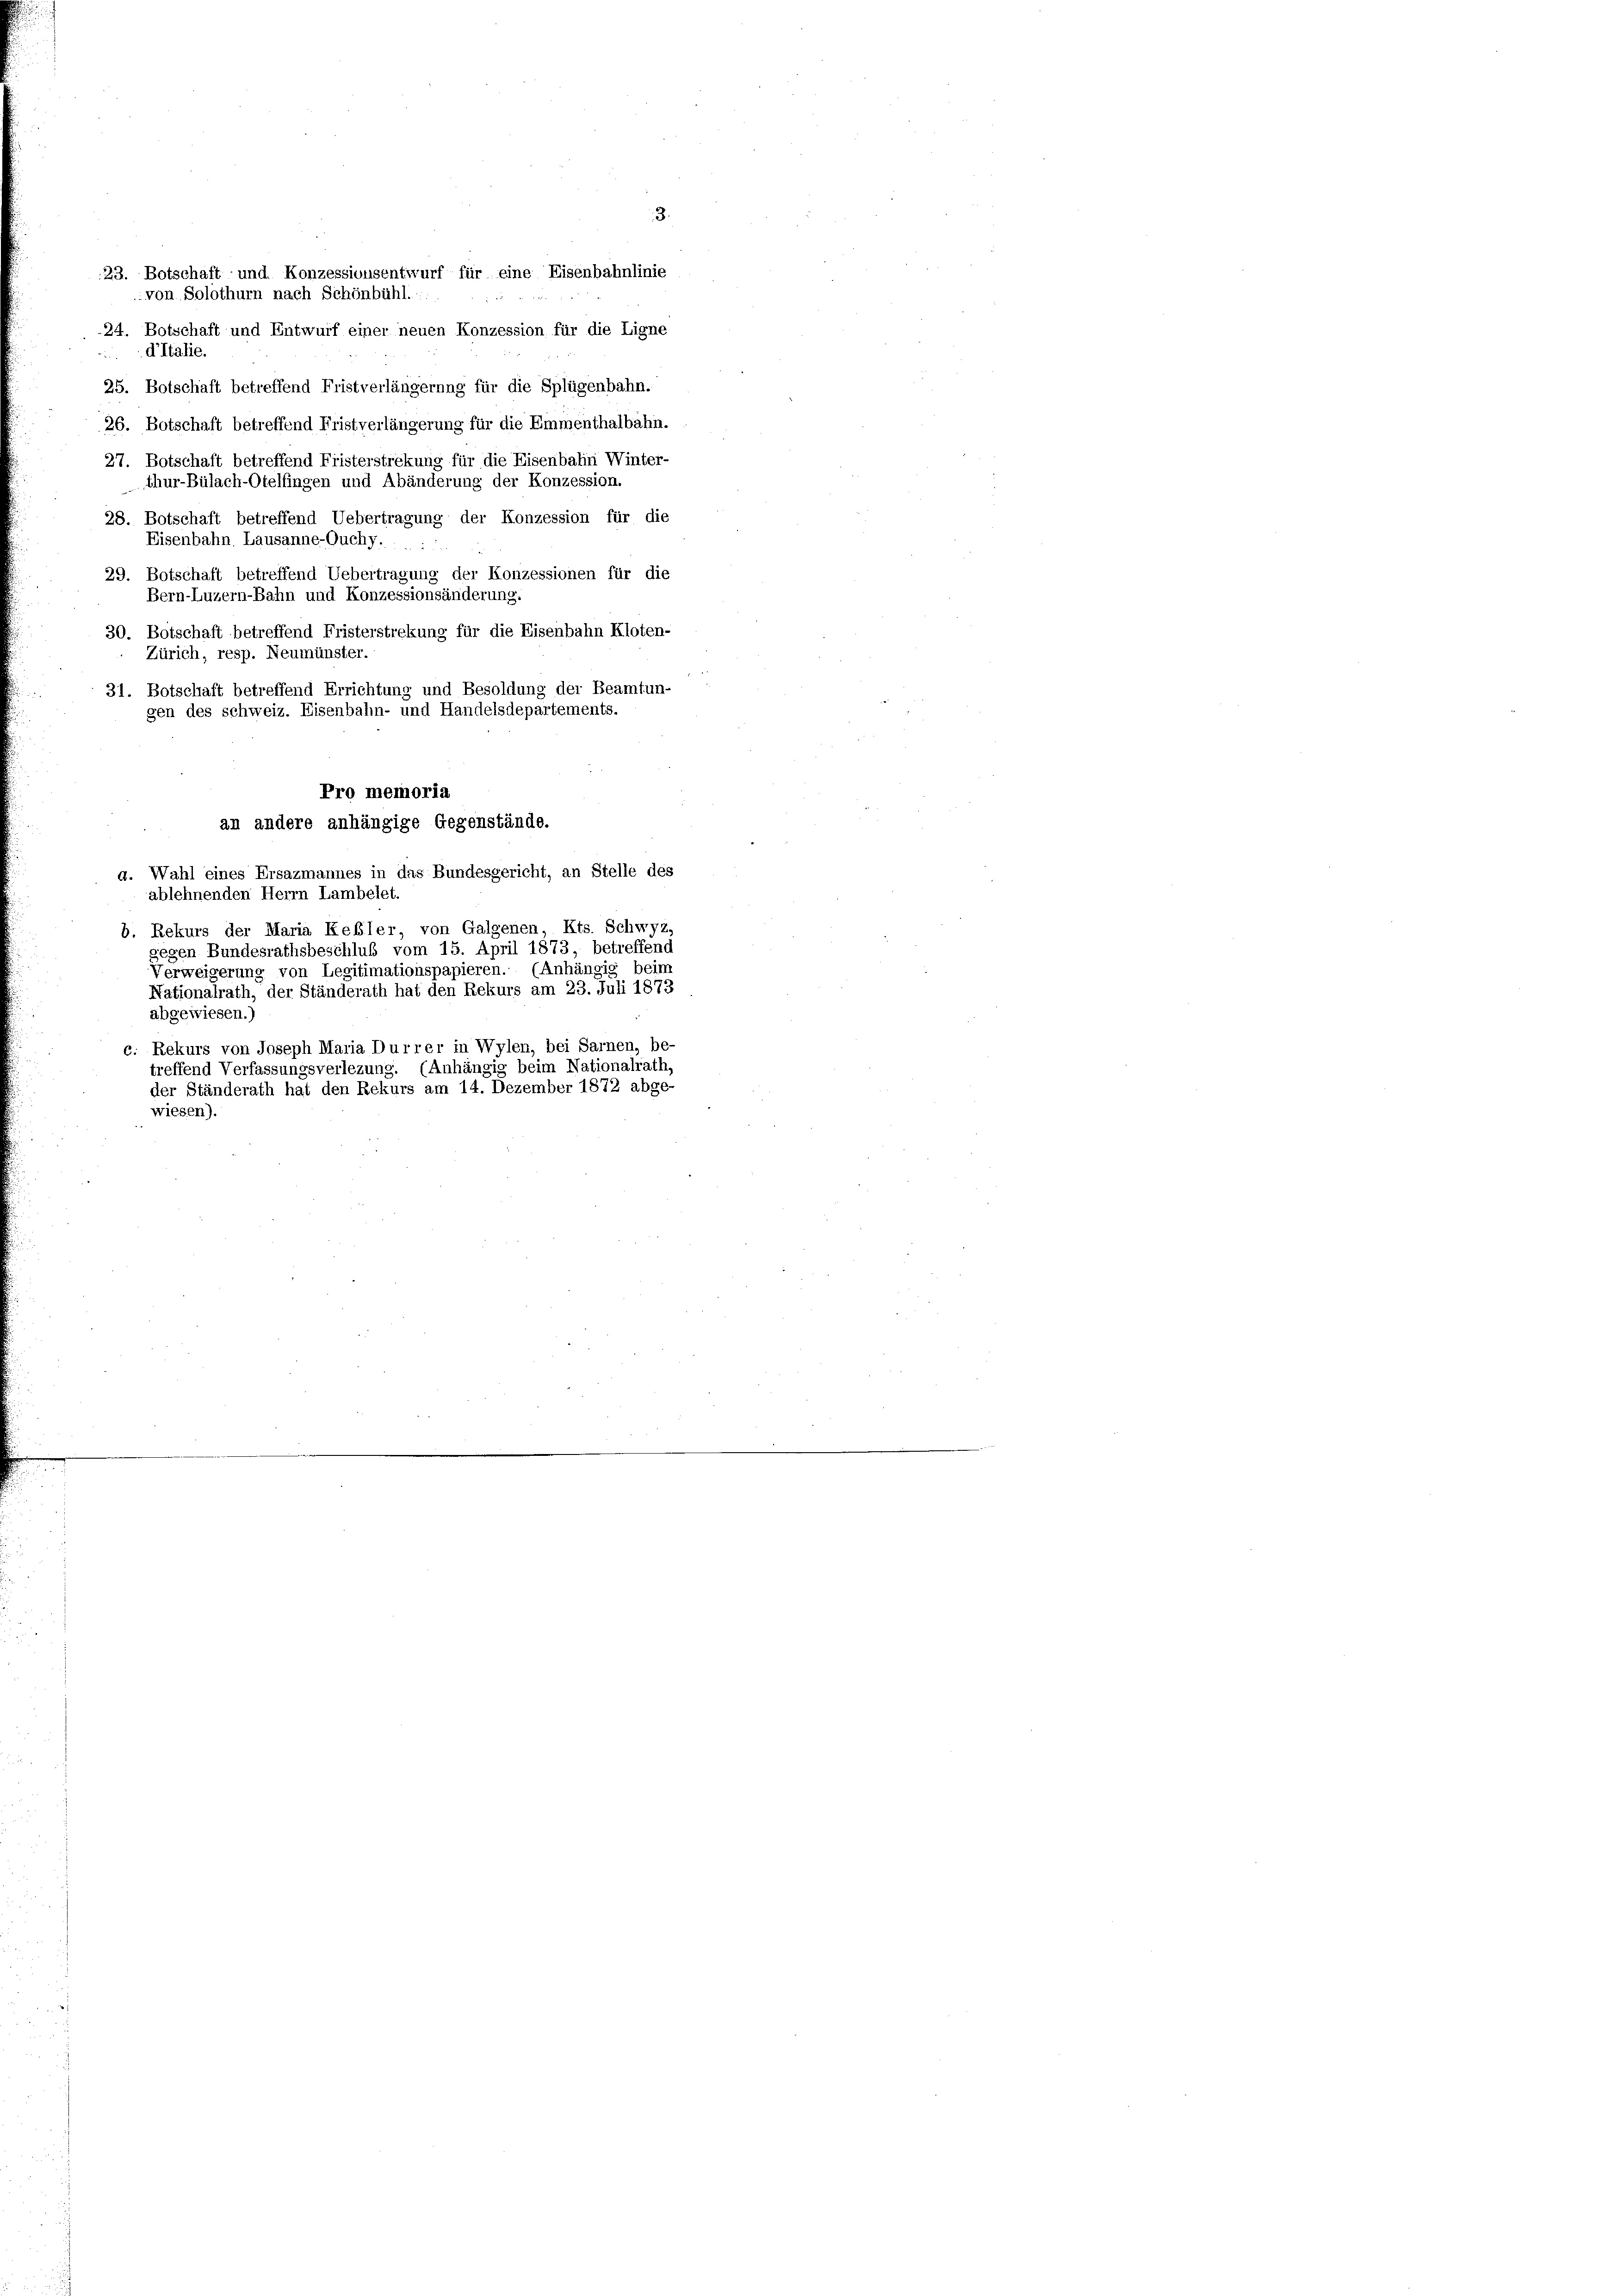
24. Botschaft und Entwurf einer neuen Konzession für die Ligne
d’Italie.
25. Botschaft betreffend Fristverlängerung für die Splügenbahn.
26. Botschaft betreffend Fristverlängerung für die Emmenthalbahn.
27. Botschaft betreffend Fristerstrekung für die Eisenbahn Winter-
thur-Bülach-Otelfingen und Abänderung der Konzession.
28. Botschaft betreffend Uebertragung der Konzession für die
Eisenbahn. Lausanne-Ouchy . . . .
29. Botschaft betreffend Uebertragung der Konzessionen für die
Bern-Luzern-Bahn und Konzessionsänderung.
30. Botschaft betreffend Fristerstrekung für die Eisenbahn Kloten-
Zürich, resp. Neumünster.
31. Botschaft betreffend Errichtung und Besoldung der Beamtun-
gen des schweiz. Eisenbahn- und Handelsdepartements.
Pro memoria
an andere anhängige Gegenstände.
a. Wahl eines Ersazmannes in das Bundesgericht, an Stelle des
ablehnenden Herrn Lambelet.
b. Rekurs der Maria Keßler, von Galgenen, Kts. Schwyz,
gegen Bundesrathsbeschluß vom 15. April 1873, betreffend
Verweigerung von Legitimationspapieren. (Anhängig beim
Nationalrath, der Ständerath hat den Rekurs am 23. Juli 1873
abgewiesen.)
c. Rekurs von Joseph Maria Durrer in Wylen, bei Sarnen, be-
treffend Verfassungsverlezung. (Anhängig beim Nationalrath,
der Ständerath hat den Rekurs am 14. Dezember 1872 abge
wiesen).

23. Botschaft und Konzessionsentwurf für eine Eisenbahnlinie
von Solothurn nach Schönbühl.